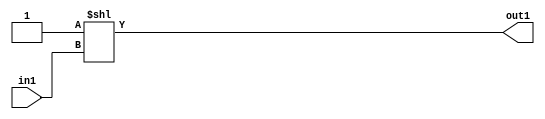
`timescale 1ps / 1ps
/*****************************************************************************
    Verilog RTL Description
    
    
    Created by: Stratus DpOpt 2019.1.01 
*******************************************************************************/

module DC_Filter_DECODE_4U_6_4 (
	in1,
	out1
	); /* architecture "behavioural" */ 
input [1:0] in1;
output [3:0] out1;
wire [3:0] asc001;

assign asc001 = 4'B0001 << in1;

assign out1 = asc001;
endmodule

/* CADENCE  urj0Tg8= : u9/ySgnWtBlWxVPRXgAZ4Og= ** DO NOT EDIT THIS LINE ******/